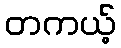
တကယ့်